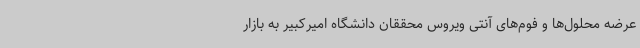
عرضه محلول‌ها و فوم‌های آنتی ویروس محققان دانشگاه امیرکبیر به بازار